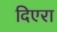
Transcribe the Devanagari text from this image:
दिएरा